画像に写った文字を読んでください
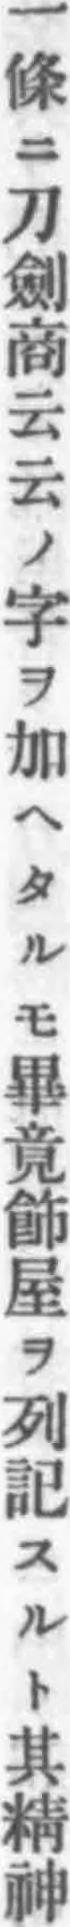
「一條ニ刀劍商云云ノ字ヲ加ヘタルモ畢竟飾屋ヲ列記スルト其精神」と書いてあります